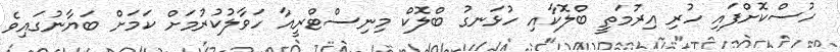
ހުސްކޮށްފައި ހުރި އިރުމަތީ ބްލޮކާއި ހުޅަނގު ބްލޮކް މިނިސްޓްރީއާ ހަވާލުކުރުމަށް ކަމަށް ބަޔާނުގައިވެ